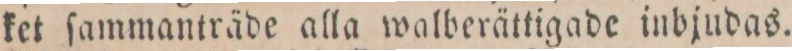
ket ſammanträde alla walberättigade inbjudas.